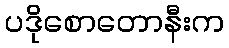
ပဒိုစောတောနီးက